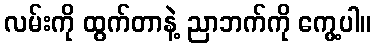
လမ်းကို ထွက်တာနဲ့ ညာဘက်ကို ကွေ့ပါ။